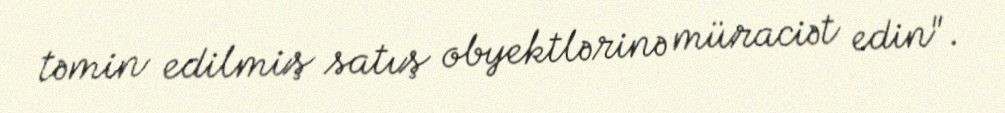
təmin edilmiş satış obyektlərinə müraciət edin".